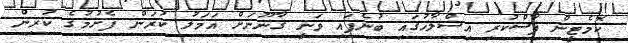
ކޮމެޓީން ފާސްކުރި އިސްލާހުގައި ބުނެފައި ވަނީ ގާނޫނަށް އަމަލު ކުރަން ފެށުމުގެ ކުރިން